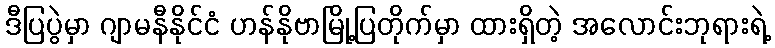
ဒီပြပွဲမှာ ဂျာမနီနိုင်ငံ ဟန်နိုဗာမြို့ပြတိုက်မှာ ထားရှိတဲ့ အလောင်းဘုရားရဲ့